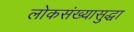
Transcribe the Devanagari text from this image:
लोकसंख्यासुद्धा